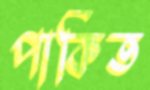
পাকিত